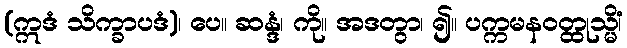
(ဣဒံ သိက္ခာပဒံ)၊ ပေ။ ဆန္ဒံ၊ ကို။ အဒတွာ၊ ၍။ ပက္ကမနဝတ္ထုသ္မိံ၊